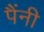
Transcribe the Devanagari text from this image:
पैंनी